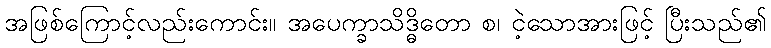
အဖြစ်ကြောင့်လည်းကောင်း။ အပေက္ခာသိဒ္ဓိတော စ၊ ငဲ့သောအားဖြင့် ပြီးသည်၏